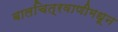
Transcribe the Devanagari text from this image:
बालचित्रवाणीमधून